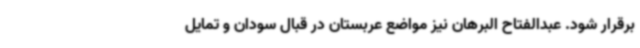
برقرار شود. عبدالفتاح البرهان نیز مواضع عربستان در قبال سودان و تمایل